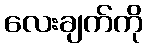
လေးချက်ကို